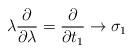
LaTeX: \begin{align*}\lambda \frac{\partial}{\partial \lambda} =\frac{\partial}{\partial t_1} \rightarrow \sigma_1\end{align*}